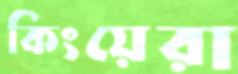
কিংয়েরা